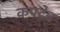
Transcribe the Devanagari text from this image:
कपदेव